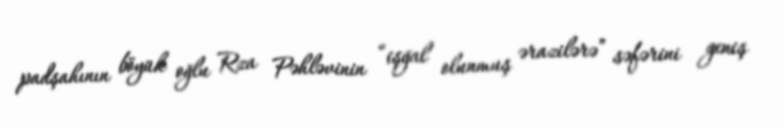
padşahının böyük oğlu Rza Pəhləvinin “işğal olunmuş ərazilərə” səfərini geniş